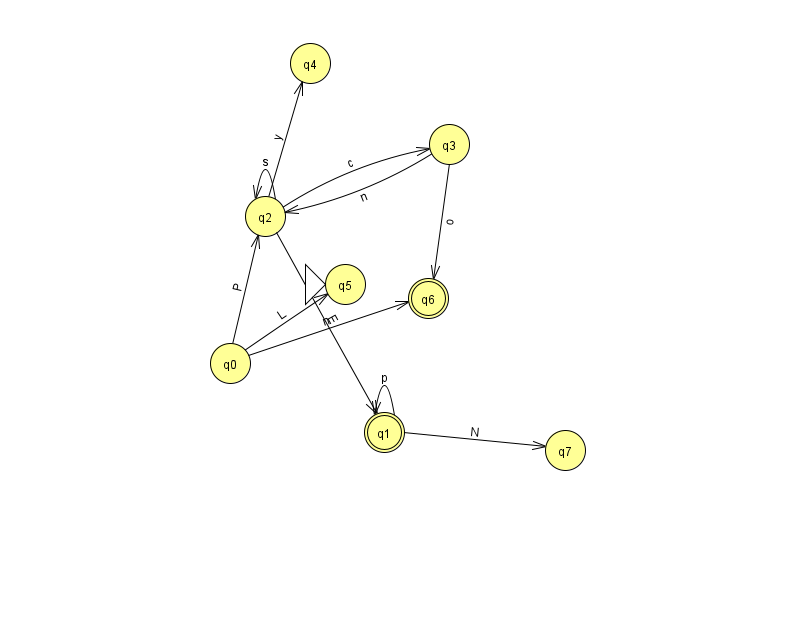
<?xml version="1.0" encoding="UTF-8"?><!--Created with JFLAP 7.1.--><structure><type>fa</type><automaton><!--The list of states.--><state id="0" name="q0"><x>230.0</x><y>350.0</y></state><state id="1" name="q1"><x>384.0</x><y>419.0</y><final/></state><state id="2" name="q2"><x>265.0</x><y>203.0</y></state><state id="3" name="q3"><x>449.0</x><y>131.0</y></state><state id="4" name="q4"><x>310.0</x><y>50.0</y></state><state id="5" name="q5"><x>345.0</x><y>271.0</y><initial/></state><state id="6" name="q6"><x>428.0</x><y>285.0</y><final/></state><state id="7" name="q7"><x>565.0</x><y>437.0</y></state><!--The list of transitions.--><transition><from>1</from><to>1</to><read>p</read></transition><transition><from>1</from><to>7</to><read>N</read></transition><transition><from>2</from><to>2</to><read>s</read></transition><transition><from>3</from><to>2</to><read>n</read></transition><transition><from>2</from><to>4</to><read>y</read></transition><transition><from>0</from><to>5</to><read>L</read></transition><transition><from>2</from><to>1</to><read>E</read></transition><transition><from>3</from><to>6</to><read>o</read></transition><transition><from>0</from><to>2</to><read>P</read></transition><transition><from>0</from><to>6</to><read>n</read></transition><transition><from>2</from><to>3</to><read>c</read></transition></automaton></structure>